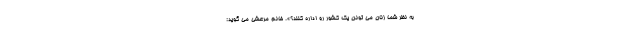
به نظر شما زنان می تونن یک کشور رو اداره کنند؟». خانم مرعشی می گوید: